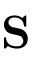
\mathbf { S }